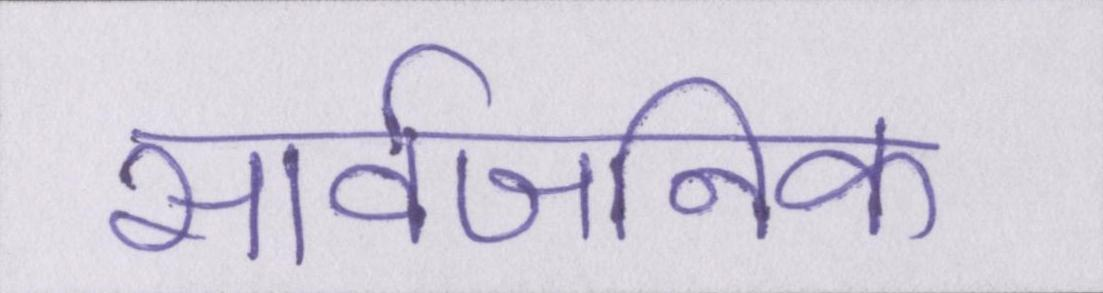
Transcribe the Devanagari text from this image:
सार्वजनिक